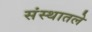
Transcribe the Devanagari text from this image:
संस्थातले